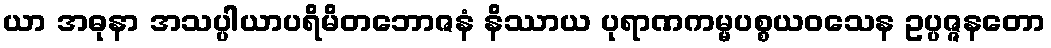
ယာ အဓုနာ အသပ္ပါယာပရိမိတဘောဇနံ နိဿာယ ပုရာဏကမ္မပစ္စယဝသေန ဥပ္ပဇ္ဇနတော